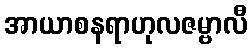
အာယာစနရာဟုလဇမ္ဗာလီ